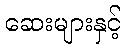
ဆေးများနှင့်